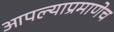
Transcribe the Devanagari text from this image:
आपल्याप्रमाणेच